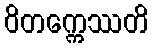
ဝိတက္ကေဿတိ